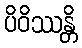
ပိဝိဿန္တိ